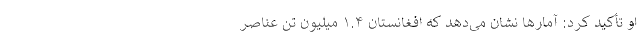
او تأکید کرد: آمارها نشان می‌دهد که افغانستان ۱.۴ میلیون تن عناصر